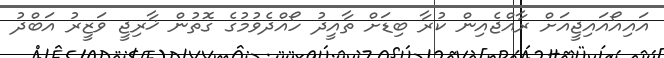
އައިއޯއައިޖީއަށް ރާއްޖެއިން ކުރާ ބިޑަށް ތާއީދު ހޯއްދެވުމުގެ ގޮތުން ޚާރިޖީ ވަޒީރު އަބްދު